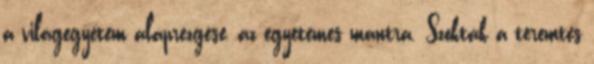
a világegyetem alaprezgése, az egyetemes mantra. Szokták a teremtés